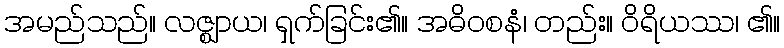
အမည်သည်။ လဇ္ဈာယ၊ ရှက်ခြင်း၏။ အဓိဝစနံ၊ တည်း။ ဝိရိယဿ၊ ၏။